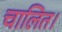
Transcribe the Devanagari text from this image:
चालित।